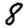
Digit: 8